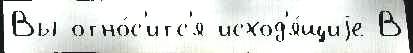
Вы отно́с'итс'я исход'я́щиjе В